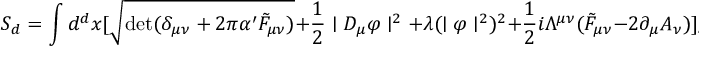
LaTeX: S _ { d } = \int d ^ { d } x [ \sqrt { \mathrm { d e t } ( \delta _ { \mu \nu } + 2 \pi \alpha ^ { \prime } \tilde { F } _ { \mu \nu } ) } + \frac { 1 } { 2 } \mid D _ { \mu } \varphi \mid ^ { 2 } + \lambda ( \mid \varphi \mid ^ { 2 } ) ^ { 2 } + \frac { 1 } { 2 } i \Lambda ^ { \mu \nu } ( \tilde { F } _ { \mu \nu } - 2 \partial _ { \mu } A _ { \nu } ) ] ,